Indian journal of veterinary science and animal husbandry - Volume 2,
Year: 1932
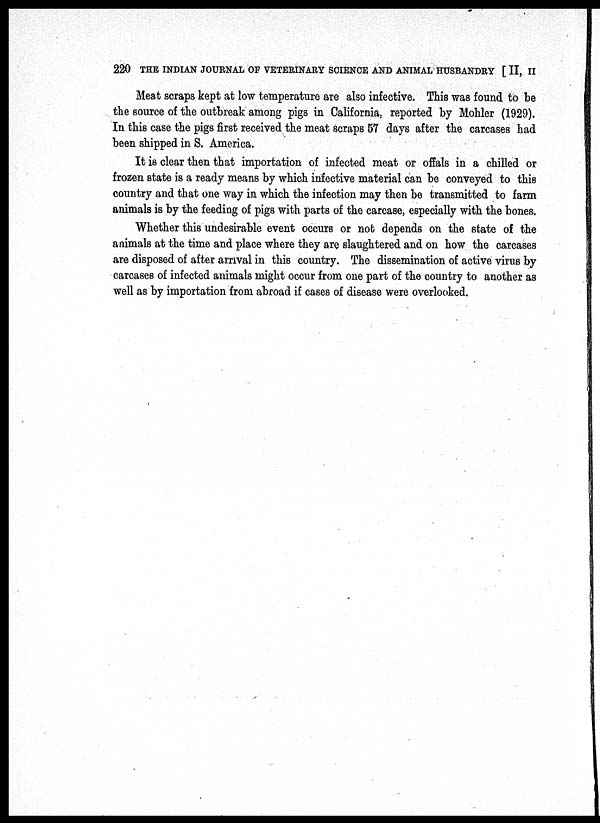
220 THE INDIAN JOURNAL OF VETERINARY SCIENCE AND ANIMAL HUSBANDRY [ II, II
Meat scraps kept at low temperature are also infective. This was found to be
the source of the outbreak among pigs in California, reported by Mohler (1929).
In this case the pigs first received the meat scraps 57 days after the carcases had
been shipped in S. America.
It is clear then that importation of infected meat or offals in a chilled or
frozen state is a ready means by which infective material can be conveyed to this
country and that one way in which the infection may then be transmitted to farm
animals is by the feeding of pigs with parts of the carcase, especially with the bones.
Whether this undesirable event occurs or not depends on the state of the
animals at the time and place where they are slaughtered and on how the carcases
are disposed of after arrival in this country. The dissemination of active virus by
carcases of infected animals might occur from one part of the country to another as
well as by importation from abroad if cases of disease were overlooked.